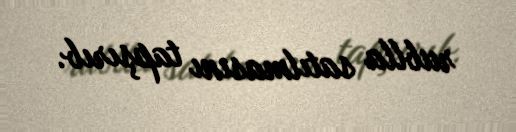
rublla satılmasını tapşırıb.